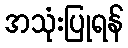
အသုံးပြုရန်